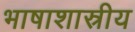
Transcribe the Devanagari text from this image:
भाषाशास्रीय